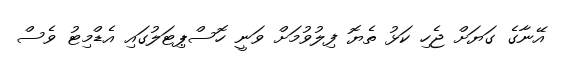
އޭނާގެ ގަޔަށް ޖެހި ކަޅު ތެޔޮ ފިލުވުމަށް ވަނީ ހޮސްޕިޓަލުގައި އެޑްމިޓު ވެސް